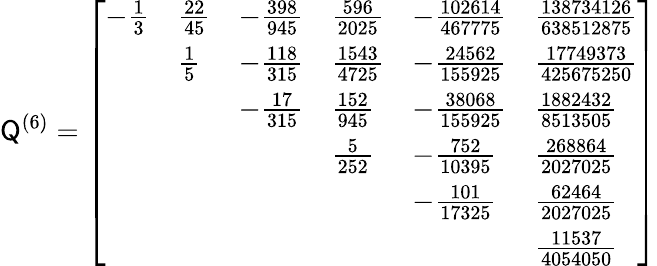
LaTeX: \mathsf Q^{(6)}=\left[\begin{array}{llllll}{-\frac{1}{3}}&{\frac{22}{45}}&{-\frac{398}{945}}&{\frac{596}{2025}}&{-\frac{102614}{467775}}&{\frac{138734126}{638512875}}\\ &{\frac{1}{5}}&{-\frac{118}{315}}&{\frac{1543}{4725}}&{-\frac{24562}{155925}}&{\frac{17749373}{425675250}}\\ &&{-\frac{17}{315}}&{\frac{152}{945}}&{-\frac{38068}{155925}}&{\frac{1882432}{8513505}}\\ &&&{\frac{5}{252}}&{-\frac{752}{10395}}&{\frac{268864}{2027025}}\\ &&&&{-\frac{101}{17325}}&{\frac{62464}{2027025}}\\ &&&&&{\frac{11537}{4054050}}\end{array}\right]